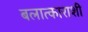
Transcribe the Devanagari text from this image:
बलात्काराशी